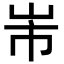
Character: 𭖐